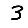
Digit: 3